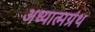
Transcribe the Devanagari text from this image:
अध्यात्मग्रंथ